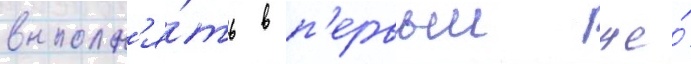
выполн'я́ть в п'ервыи же́